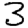
Digit: 3